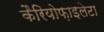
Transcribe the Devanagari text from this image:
कैरियोफ़ाइलेटा